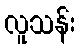
လူသန်း